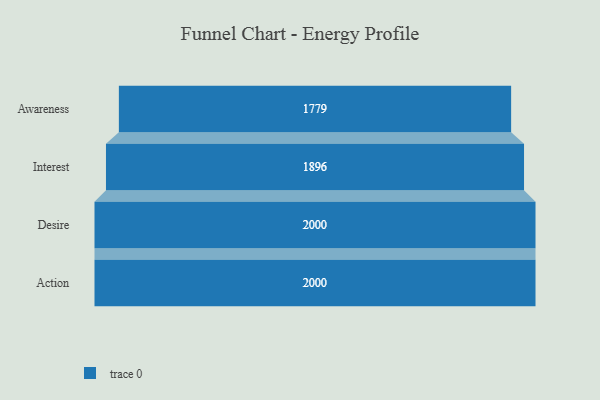
{"axis": {"x": "Stage", "y": "Value"}, "legend": [""], "data": [{"x": "Awareness", "y": 1779.0, "type": ""}, {"x": "Interest", "y": 1896.0, "type": ""}, {"x": "Desire", "y": 2000, "type": ""}, {"x": "Action", "y": 2000, "type": ""}]}